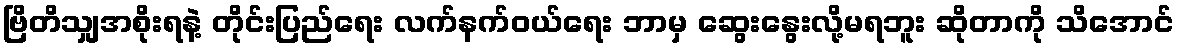
ဗြိတိသျှအစိုးရနဲ့ တိုင်းပြည်ရေး လက်နက်ဝယ်ရေး ဘာမှ ဆွေးနွေးလို့မရဘူး ဆိုတာကို သိအောင်